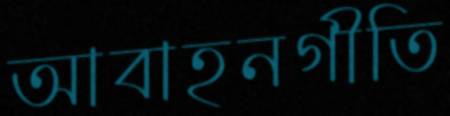
আবাহনগীতি